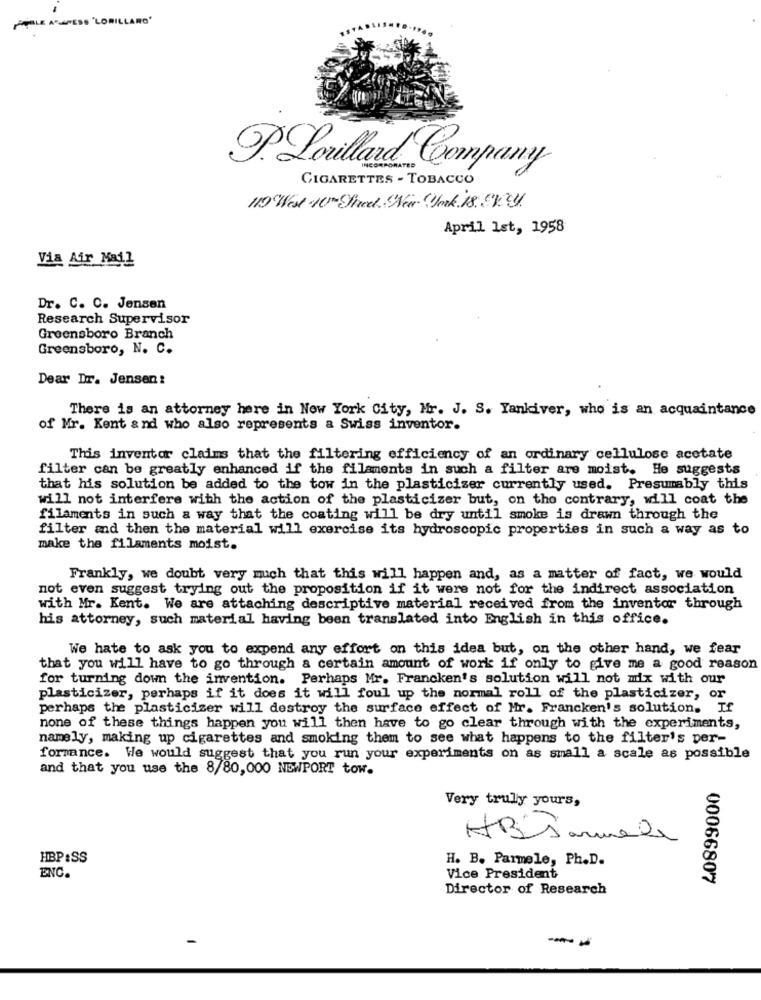
LE ATENESS "LORILLARD'
.Lorillard Company
CIGARETTES - TOBACCO
I19 West .10 Street. New York. 18. OK.
April 1st, 1958
Via Air Mail
Dr. C. C. Jensen
Research Supervisor
Greensboro Branch
Greensboro, N. C.
Dear Dr. Jensen:
There is an attorney here in New York City, Mr. J. S. Yankiver, who is an acquaintance
of Mr. Kent and who also represents a Swiss inventor.
This inventar claims that the filtering efficiency of an ordinary cellulose acetate
filter can be greatly enhanced if the filaments in such a filter are moist. He suggests
that his solution be added to the tow in the plasticizer currently used. Presumably this
will not interfere with the action of the plasticizer but, on the contrary, will coat the
filaments in such a way that the coating will be dry until smoke is drawn through the
filter and then the material will exercise its hydroscopic properties in such a way as to
make the filaments moist.
Frankly, we doubt very much that this will happen and, as a matter of fact, we would
not even suggest trying out the proposition if it were not for the indirect association
with Mr. Kent. We are attaching descriptive material received from the inventor through
his attorney, such material having been translated into English in this office.
We hate to ask you to expend any effort on this idea but, on the other hand, we fear
that you will have to go through a certain amount of work if only to give me a good reason
for turning down the invention. Perhaps Mr. Francken's solution will not mix with our
plasticizer, perhaps if it does it will foul up the normal roll of the plasticizer, or
perhaps the plasticizer will destroy the surface effect of Mr. Francken's solution. If
none of these things happen you will then have to go clear through with the experiments,
namely, making up cigarettes and smoking them to see what happens to the filter's per-
formance. We would suggest that you run your experiments on as small a scale as possible
and that you use the 8/80,000 NEWPORT tow.
Very truly yours,
HB Sammede
HBP:SS
H. B. Parmele, Ph.D.
ENC.
Vice President
00066807
Director of Research